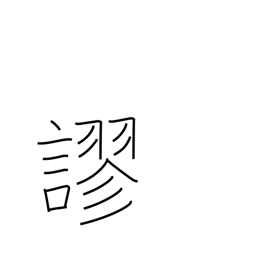
Meaning: mistake